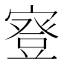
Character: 𡪺